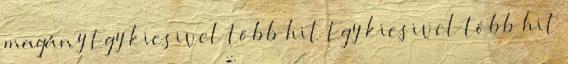
magány Egy kicsivel több hit Egy kicsivel több hit